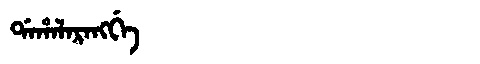
Manchu: ᡩᠠᡥᠠᠯᠠᡵᠠᠩᡤᡝ
Romanization: DAHALARANGGE